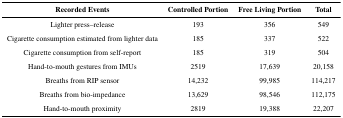
<table><thead><tr><td><b>Recorded Events</b></td><td><b>Controlled Portion</b></td><td><b>Free Living Portion</b></td><td><b>Total</b></td></tr></thead><tbody><tr><td>Lighter press–release</td><td>193</td><td>356</td><td>549</td></tr><tr><td>Cigarette consumption estimated from lighter data</td><td>185</td><td>337</td><td>522</td></tr><tr><td>Cigarette consumption from self-report</td><td>185</td><td>319</td><td>504</td></tr><tr><td>Hand-to-mouth gestures from IMUs</td><td>2519</td><td>17,639</td><td>20,158</td></tr><tr><td>Breaths from RIP sensor</td><td>14,232</td><td>99,985</td><td>114,217</td></tr><tr><td>Breaths from bio-impedance</td><td>13,629</td><td>98,546</td><td>112,175</td></tr><tr><td>Hand-to-mouth proximity</td><td>2819</td><td>19,388</td><td>22,207</td></tr></tbody></table>